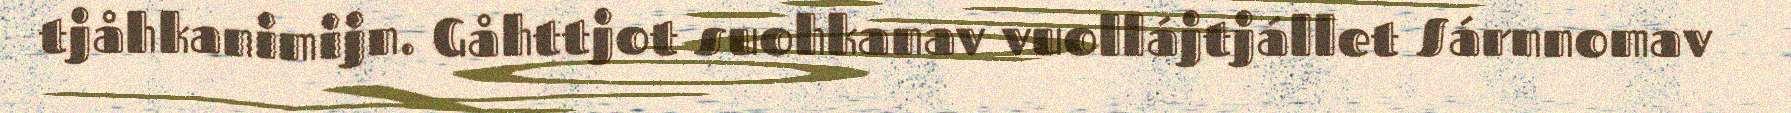
tjåhkanimijn. Gåhttjot suohkanav vuollájtjállet Sárnnomav